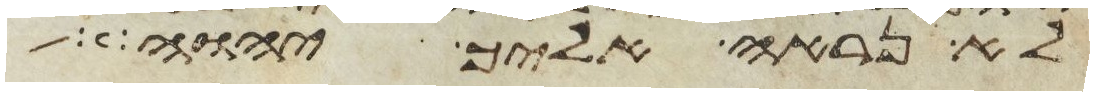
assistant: לא נראה אליך יהוה